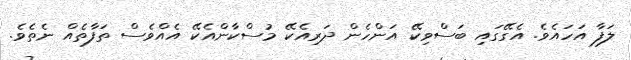
ލަފާ އަހައެވެ. އެގޭގައި ބަސްވިކޭ އަންހެން ދަރިއެކޭ މުސްކާންއެކޭ އެއްވެސް ތަފާތެއް ނެތެވެ.